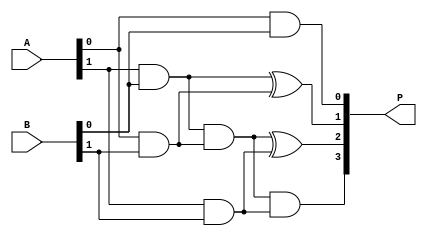
`timescale 1ns / 1ps
//////////////////////////////////////////////////////////////////////////////////
// Company: 
// Engineer: 
// 
// Design Name: 
// Module Name: VedicMultiplier2x2
// Project Name: 
// Target Devices: 
// Tool Versions: 
// Description: 
// 
// Dependencies: 
// 
// Revision:
// Revision 0.01 - File Created
// Additional Comments:
// 
//////////////////////////////////////////////////////////////////////////////////


module VedicMultiplier2x2 (
    input wire [1:0] A, // 2-bit input A
    input wire [1:0] B, // 2-bit input B
    output wire [3:0] P // 4-bit output product
);

wire [3:0] temp;

// Partial product generation
assign temp[0] = A[0] & B[0];
assign temp[1] = (A[1] & B[0]) ^ (A[0] & B[1]);
assign temp[2] = (A[1] & B[0]) & (A[0] & B[1]) ^ (A[1] & B[1]);
assign temp[3] = (A[1] & B[0]) & (A[0] & B[1]) & (A[1] & B[1]);

// Assign the final product
assign P = temp;

endmodule